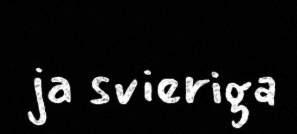
ja svieriga